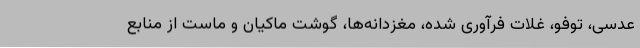
عدسی، توفو، غلات فرآوری شده، مغزدانه‌ها، گوشت ماکیان و ماست از منابع